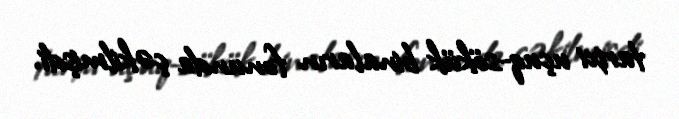
tarixi uçuq-sökük binaların fonunda çəkilmişdi.